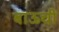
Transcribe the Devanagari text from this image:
बाऊची